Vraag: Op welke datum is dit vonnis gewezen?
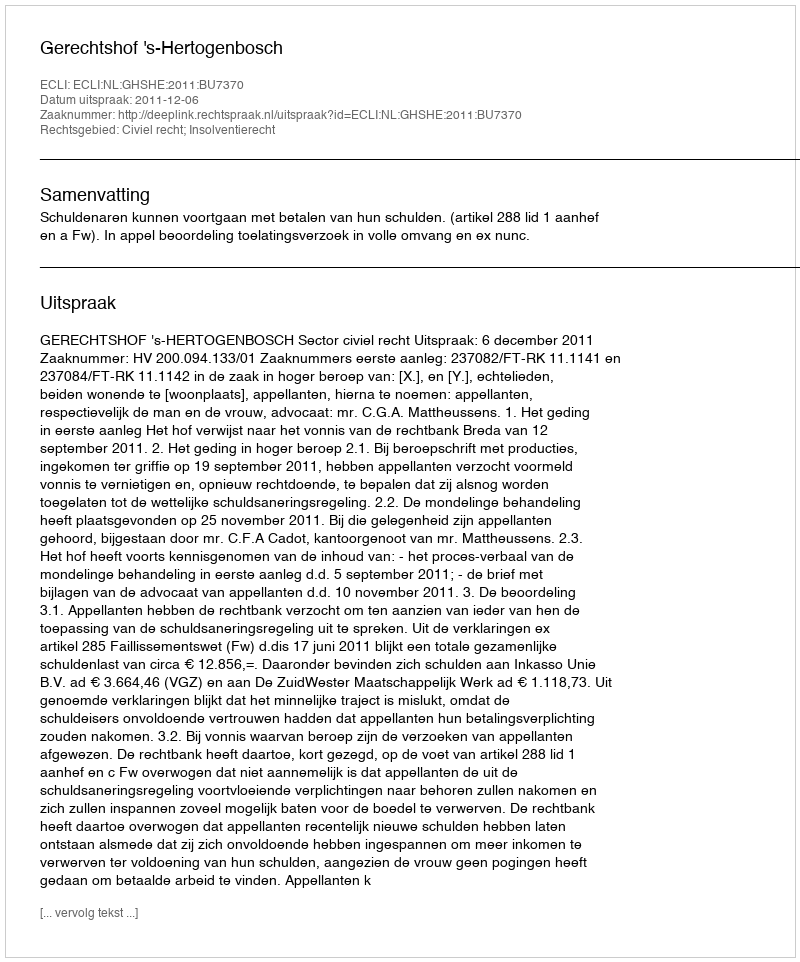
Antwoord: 2011-12-06